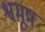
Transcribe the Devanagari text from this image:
श्वमूष